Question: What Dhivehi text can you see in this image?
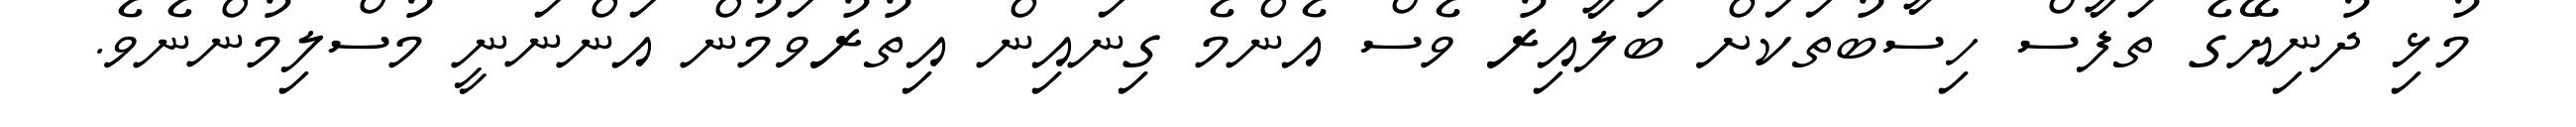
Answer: މުޅި ދުނިޔޭގެ ތަފާސް ހިސާބުތަކަށް ބަލާއިރު ވެސް އެންމެ ގިނައިން އިތުރުވަމުން އަންނަނީ މުސްލިމުންނެވެ.